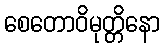
စေတောဝိမုတ္တိနော